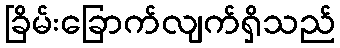
ခြိမ်းခြောက်လျက်ရှိသည်